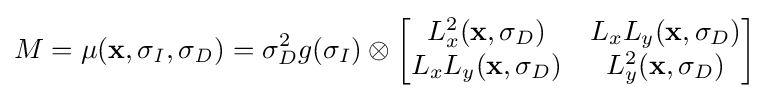
M=\mu (\mathbf {x} ,\sigma _{\mathit {I}},\sigma _{\mathit {D}})=\sigma _{D}^{2}g(\sigma _{I})\otimes {\begin{bmatrix}L_{x}^{2}(\mathbf {x} ,\sigma _{D})&L_{x}L_{y}(\mathbf {x} ,\sigma _{D})\\L_{x}L_{y}(\mathbf {x} ,\sigma _{D})&L_{y}^{2}(\mathbf {x} ,\sigma _{D})\end{bmatrix}}